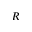
R